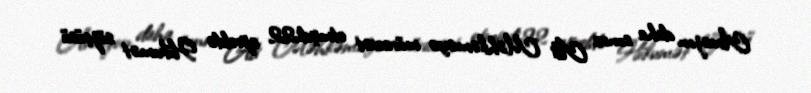
Amazon daha sonra Ali Məhkəməyə müraciət etmişdi.22 apreldə Hökumət sözçüsü